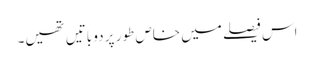
اس فیصلے میں خاص طور پر دو باتیں تھیں۔